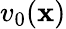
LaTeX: v_{0}(\mathbf{x})